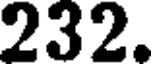
232.